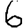
Digit: 6